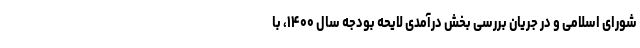
شورای اسلامی و در جریان بررسی بخش درآمدی لایحه بودجه سال ۱۴۰۰، با